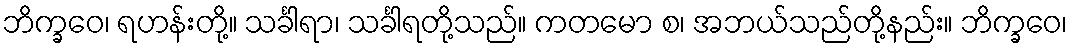
ဘိက္ခဝေ၊ ရဟန်းတို့။ သင်္ခါရာ၊ သင်္ခါရတို့သည်။ ကတမော စ၊ အဘယ်သည်တို့နည်း။ ဘိက္ခဝေ၊